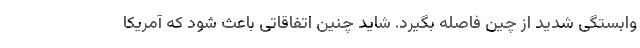
وابستگی شدید از چین فاصله بگیرد. شاید چنین اتفاقاتی باعث شود که آمریکا